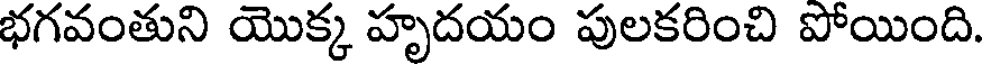
భగవంతుని యొక్క హృదయం పులకరించి పోయింది.